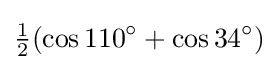
{\tfrac {1}{2}}(\cos 110^{\circ }+\cos 34^{\circ })